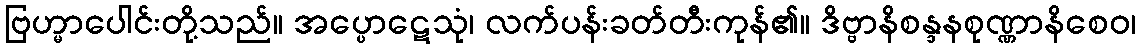
ဗြဟ္မာပေါင်းတို့သည်။ အပ္ပောဋေသုံ၊ လက်ပန်းခတ်တီးကုန်၏။ ဒိဗ္ဗာနိစန္ဒနစုဏ္ဏာနိစေဝ၊